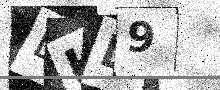
Text: LHD9